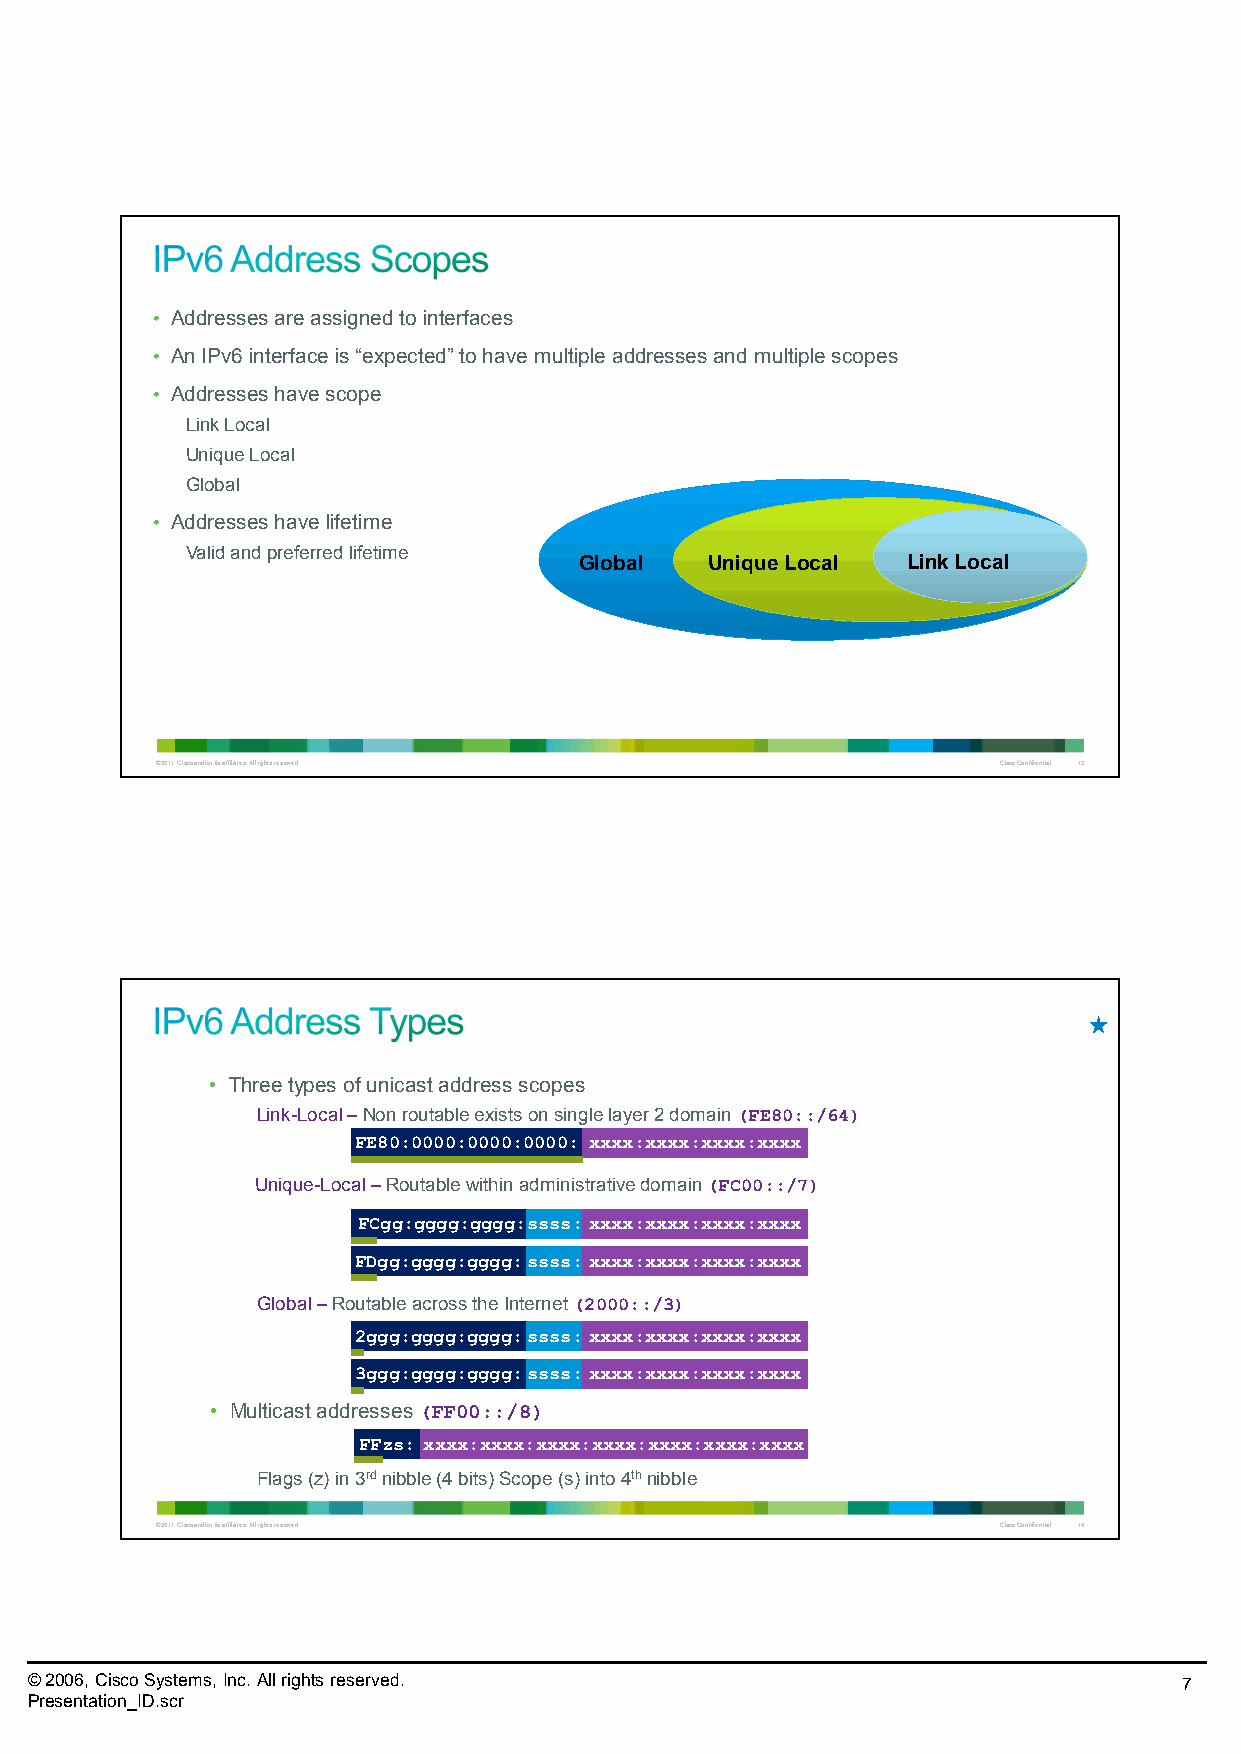
• Addresses are assigned to interfaces
 • An IPv6 interface is “expected” to have multiple addresses and multiple scopes
 • Addresses have scope
 Link Local
 Unique Local
 Global
 • Addresses have lifetime
 Valid and preferred lifetime
 Global   Unique Local Link Local
 © 2011 Cisco and/or its affiliates. All rights reserved. Cisco Confidential 13
 • Three types of unicastaddress scopes
 Link-Local –Non routable exists on single layer 2 domain (FE80::/64)
 FE80:0000:0000:0000: xxxx:xxxx:xxxx:xxxx
 Unique-Local –Routable within administrative domain (FC00::/7)
 FCgg:gggg:gggg:ssss:xxxx:xxxx:xxxx:xxxx
 FDgg:gggg:gggg:ssss:xxxx:xxxx:xxxx:xxxx
 Global –Routable across the Internet (2000::/3)
 2ggg:gggg:gggg:ssss:xxxx:xxxx:xxxx:xxxx
 3ggg:gggg:gggg:ssss:xxxx:xxxx:xxxx:xxxx
 • Multicast addresses (FF00::/8)
 FFzs: xxxx:xxxx:xxxx:xxxx:xxxx:xxxx:xxxx
 Flags (z) in 3rdnibble (4 bits) Scope (s) into 4thnibble
 © 2011 Cisco and/or its affiliates. All rights reserved. Cisco Confidential 14
 © 2006, Cisco Systems, Inc. All rights reserved.                            7
 Presentation_ID.scr